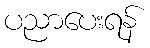
ပညာပေးရန်